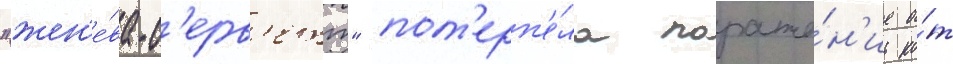
"жен'е́ва-с'ерв'етт" пот'ерп'е́ла пораже́н'ие о́т